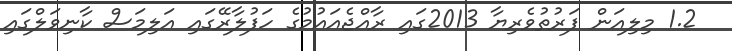
1.2 މިލިއަން ފަރުތުވެރިޔާ 2013ގައި ރާއްޖެއައުމުގެ ހަފުލާރޭގައި އަލިމަސް ކާނިވަލްގައި